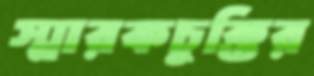
স্মারকচুক্তির